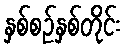
နှစ်စဉ်နှစ်တိုင်း